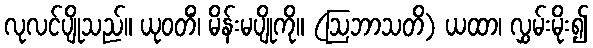
လုလင်ပျိုသည်။ ယုဝတိံ၊ မိန်းမပျိုကို။ (ဩဘာသတိ) ယထာ၊ လွှမ်းမိုး၍